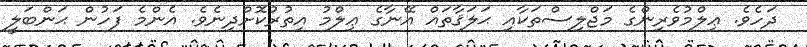
ދަހެވެ. ޢިލްމުވެރިންގެ މަޖްލިސްތަކާއި ޙަލަޤާތައް އޭނާގެ ޢިލްމު އިތުރުކޮށްދިނެވެ. އެންމެ ފަހުން ޙަންބަލީ